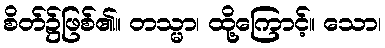
စိတ်၌ဖြစ်၏။ တသ္မာ၊ ထို့ကြောင့်။ သော၊